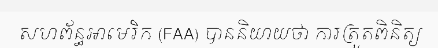
សហព័ន្ធអាមេរិក (FAA) បាននិយាយថា ការត្រួតពិនិត្យ